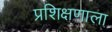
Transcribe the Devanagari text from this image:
प्रशिक्षणाला